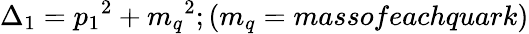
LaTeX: \Delta_{1}={p_{1}}^{2}+{m_{q}}^{2};(m_{q}=massofeachquark)